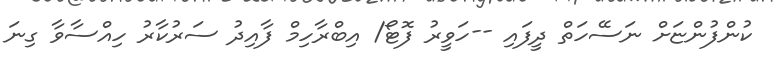
ކުންފުންޏަށް ނަސޭހަތް ދީފައި --ހަވީރު ފޮޓޯ/ އިބްރާހިމް ފާއިދު ސަރުކާރު ހިއްސާވާ ގިނަ